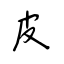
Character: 皮